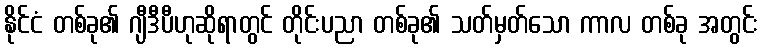
နိုင်ငံ တစ်ခု၏ ဂျီဒီပီဟုဆိုရာတွင် တိုင်းပညာ တစ်ခု၏ သတ်မှတ်သော ကာလ တစ်ခု အတွင်း